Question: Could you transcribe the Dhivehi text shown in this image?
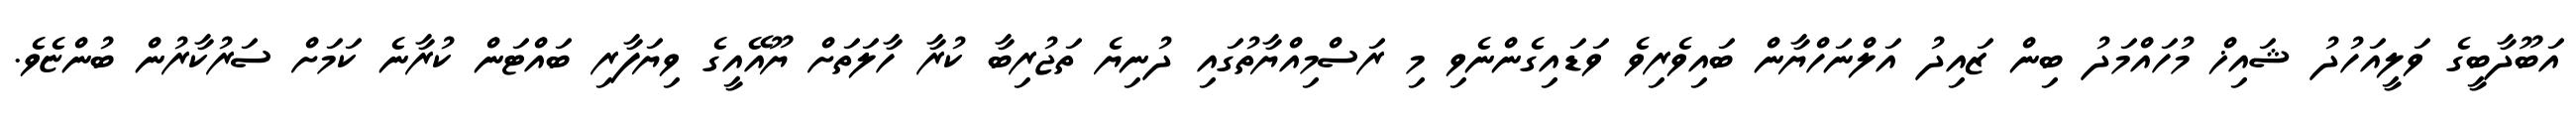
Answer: އަބޫދާބީގެ ވަލީއަހުދު ޝައިޚް މުހައްމަދު ބިން ޒައިދު އަލްނަހްޔާން ބައިވެރިވެ ވަޑައިގެންނެވި މި ރަސްމިއްޔާތުގައި ދުނިޔެ ތަޖުރިބާ ކުރާ ހާލަތަށް ޔޫއޭއީގެ ވިޔަފާރި ބައްޓަން ކުރާނެ ކަމަށް ސަރުކާރުން ބުންޏެވެ.